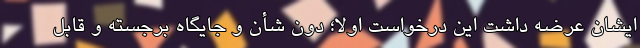
ایشان عرضه داشت این درخواست اولاً؛ دون ‌شأن و جایگاه برجسته و قابل